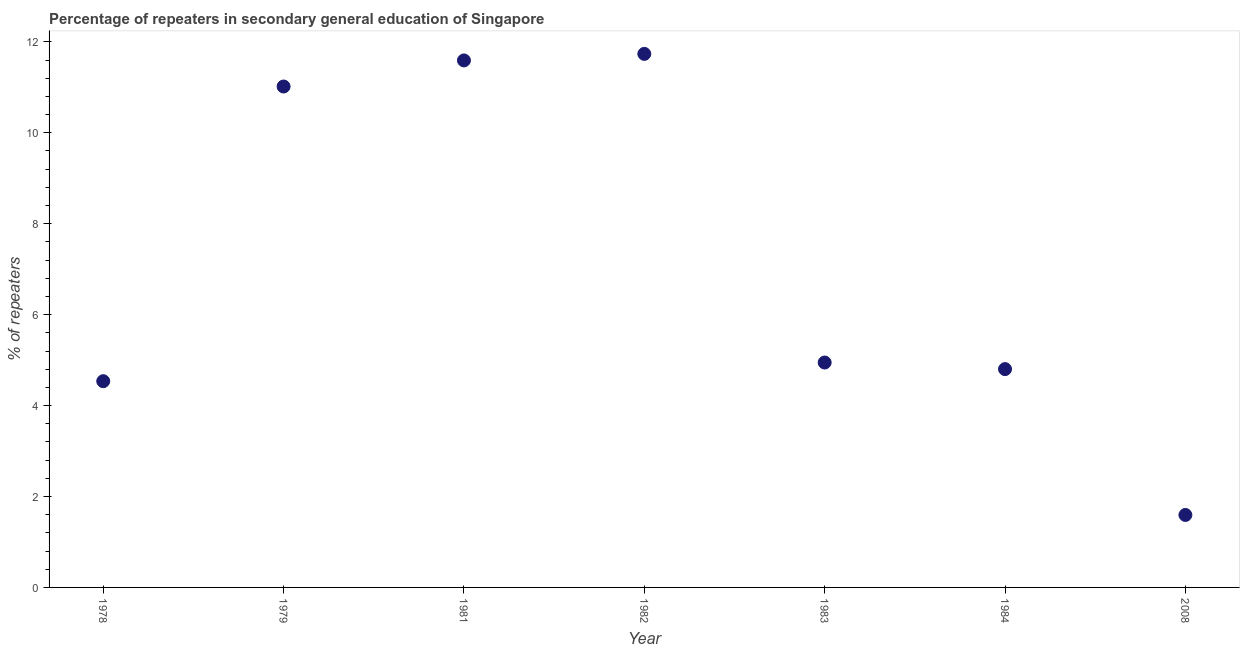
| Year | Percentage of repeaters |
 | --- | --- |
 | 1978 | 4.54 |
 | 1979 | 11 |
 | 1981 | 11.6 |
 | 1982 | 11.7 |
 | 1983 | 4.95 |
 | 1984 | 4.8 |
 | 2008 | 1.59 |